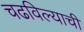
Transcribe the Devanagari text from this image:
चढविल्याची